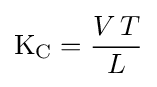
\mathrm {K_{C}} ={\frac {V\,T}{L}}